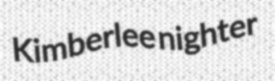
Kimberlee nighter